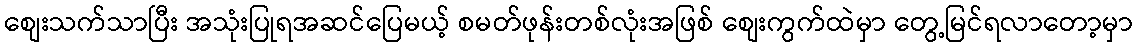
စျေးသက်သာပြီး အသုံးပြုရအဆင်ပြေမယ့် စမတ်ဖုန်းတစ်လုံးအဖြစ် စျေးကွက်ထဲမှာ တွေ့မြင်ရလာတော့မှာ